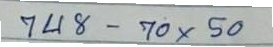
748 - 70 x 50